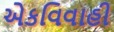
એકવિવાહી